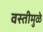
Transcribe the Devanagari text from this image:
वस्तीमुळे